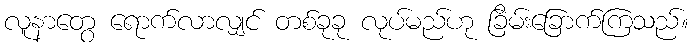
လူနာတွေ ရောက်လာလျှင် တစ်ခုခု လုပ်မည်ဟု ခြိမ်းခြောက်ကြသည်။